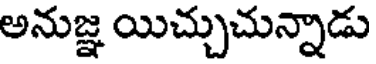
అనుజ్ఞ యిచ్చుచున్నాడు